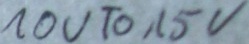
Text: 10VTo15V